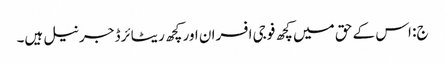
ج: اس کے حق میں کچھ فوجی افسران اور کچھ ریٹائرڈ جرنیل ہیں۔